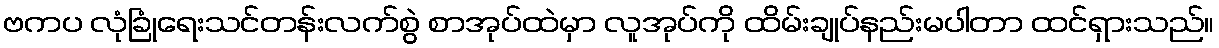
ဗကပ လုံခြုံရေးသင်တန်းလက်စွဲ စာအုပ်ထဲမှာ လူအုပ်ကို ထိမ်းချုပ်နည်းမပါတာ ထင်ရှားသည်။